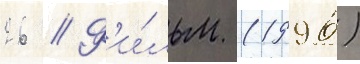
26 // Ф'и́льм (1996)